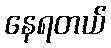
နေရတယ်